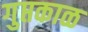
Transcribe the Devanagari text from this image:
गुप्तकाळ